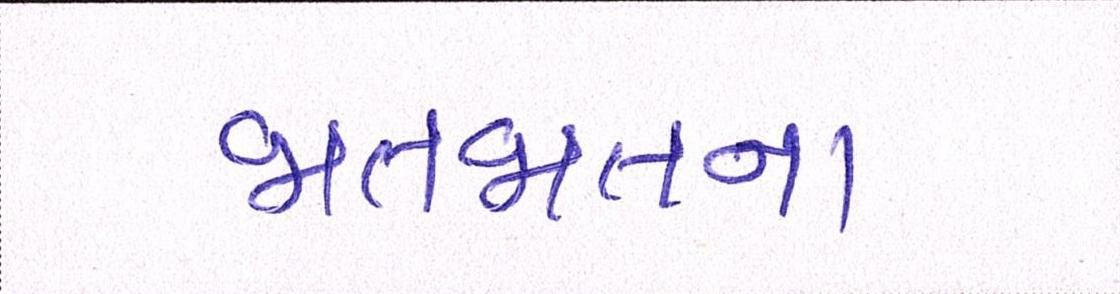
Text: જાતજાતના